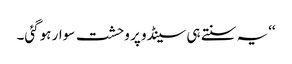
‘‘یہ سنتے ہی سینڈو پر وحشت سوار ہوگئی۔